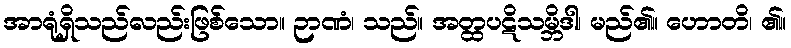
အာရုံရှိသည်လည်းဖြစ်သော။ ဉာဏံ၊ သည်။ အတ္ထပဋိသမ္ဘိဒါ၊ မည်၏။ ဟောတိ၊ ၏။